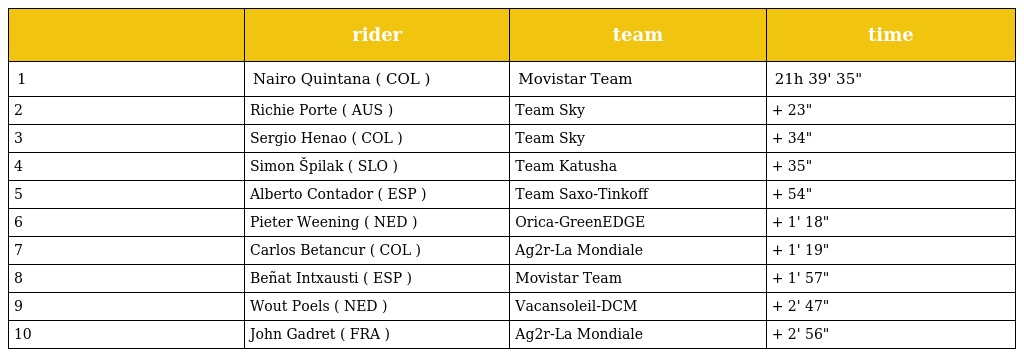
|  | rider | team | time |
 | --- | --- | --- | --- |
 | 1 | Nairo Quintana ( COL ) | Movistar Team | 21h 39' 35" |
 | 2 | Richie Porte ( AUS ) | Team Sky | + 23" |
 | 3 | Sergio Henao ( COL ) | Team Sky | + 34" |
 | 4 | Simon Špilak ( SLO ) | Team Katusha | + 35" |
 | 5 | Alberto Contador ( ESP ) | Team Saxo-Tinkoff | + 54" |
 | 6 | Pieter Weening ( NED ) | Orica-GreenEDGE | + 1' 18" |
 | 7 | Carlos Betancur ( COL ) | Ag2r-La Mondiale | + 1' 19" |
 | 8 | Beñat Intxausti ( ESP ) | Movistar Team | + 1' 57" |
 | 9 | Wout Poels ( NED ) | Vacansoleil-DCM | + 2' 47" |
 | 10 | John Gadret ( FRA ) | Ag2r-La Mondiale | + 2' 56" |